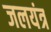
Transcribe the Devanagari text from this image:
जलयंत्र